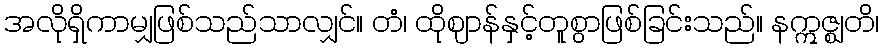
အလိုရှိကာမျှဖြစ်သည်သာလျှင်။ တံ၊ ထိုဈာန်နှင့်တူစွာဖြစ်ခြင်းသည်။ နဣဇ္ဈတိ၊